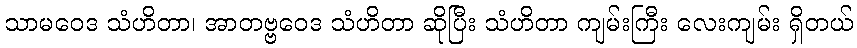
သာမဝေဒ သံဟိတာ၊ အာတဗ္ဗဝေဒ သံဟိတာ ဆိုပြီး သံဟိတာ ကျမ်းကြီး လေးကျမ်း ရှိတယ်